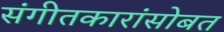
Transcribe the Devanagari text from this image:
संगीतकारांसोबत